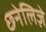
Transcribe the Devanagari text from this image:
छनेलिज़े